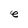
Character: e